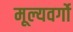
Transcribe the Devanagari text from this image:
मूल्यवर्गो